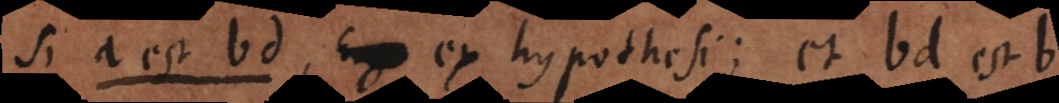
Si a est bd, Ergo ex hypothesi; et bd est b